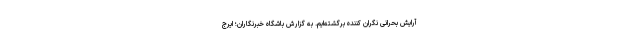
آرایش بحرانی نگران کننده‌ برگشته‌ایم. به گزارش باشگاه خبرنگاران؛ ایرج